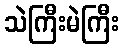
သဲကြီးမဲကြီး